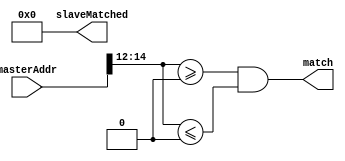
`timescale 1ns / 1ns
///////////////////////////////////////////////////////////////////////////////////////////////////
// Company: MICROSEMI
//
// IP Core: COREAXI4INTERCONNECT
//
//  Description  : The AMBA AXI4 Interconnect core connects one or more AXI memory-mapped master devices to one or
//                 more memory-mapped slave devices. The AMBA AXI protocol supports high-performance, high-frequency
//                 system designs.
//
//     Abstract  : This file decodes which slave device the master is addressing. The match is
//                 combinationally output. It matches if the master address input matches the 
//                 address range for the slave.
//
//  COPYRIGHT 2017 BY MICROSEMI 
//  THE INFORMATION CONTAINED IN THIS DOCUMENT IS SUBJECT TO LICENSING RESTRICTIONS 
//  FROM MICROSEMI CORP.  IF YOU ARE NOT IN POSSESSION OF WRITTEN AUTHORIZATION FROM 
//  MICROSEMI FOR USE OF THIS FILE, THEN THE FILE SHOULD BE IMMEDIATELY DESTROYED AND 
//  NO BACK-UP OF THE FILE SHOULD BE MADE. 
//
//
/////////////////////////////////////////////////////////////////////////////////////////////////// 

module caxi4interconnect_MasterAddressDecoder (
								masterAddr,
								match,					
								slaveMatched
							 );


//===================================================
// Parameter Declarations
//===================================================

	parameter NUM_SLAVES_WIDTH 	= 4;				// defines number bits for encoding slave number
	parameter NUM_SLAVES 		= 4;				// defines number of slaves	- includes derrSlave
	parameter SLAVE_NUM	 		= 0;				// defines slave that this decoder is for
	parameter ADDR_WIDTH 		= 32;				// number of address buts to be decoded
	
	parameter UPPER_COMPARE_BIT = 15;				// Defines the upper bit of range to compare
	parameter LOWER_COMPARE_BIT = 12;				// Defines lower bound of compare - bits below are 
													// dont care
													
	parameter [ADDR_WIDTH-1:UPPER_COMPARE_BIT]			SLOT_BASE_ADDR = 0;		// Base address of Slot
	parameter [UPPER_COMPARE_BIT-1:LOWER_COMPARE_BIT]   SLOT_MIN_ADDR = 0;		// slot min address
	parameter [UPPER_COMPARE_BIT-1:LOWER_COMPARE_BIT]   SLOT_MAX_ADDR = 0;		// slot max address
	parameter [NUM_SLAVES-1:0]							CONNECTIVITY = {NUM_SLAVES{1'b1}};	// onnectivity map - ie which slaves this master can access
	
//==========================================================================
// I/O Declarations
//============================================================================

	input 	[ADDR_WIDTH-1:0]		masterAddr;		// address to be decoded

	output							match;			// Indictaes this slave matched address
	output 	[NUM_SLAVES_WIDTH-1:0] 	slaveMatched;	// encoded number of slave
	
	
//============================================================================
// Local Declarationes
//============================================================================


	reg								match;			// Indictaes this slave matched address
	wire 	[NUM_SLAVES_WIDTH-1:0] 	slaveMatched;	// encoded number of slave
	
 
 
//==============================================================================
// Simple decode matching
//==============================================================================

assign slaveMatched = SLAVE_NUM;		// simply return number of slave instance
/*

//SAR 94407 Change Start

always @( * )
begin
	match <= 		( masterAddr[ADDR_WIDTH-1:UPPER_COMPARE_BIT] == SLOT_BASE_ADDR			 )		// base address matches
				&	( masterAddr[UPPER_COMPARE_BIT-1:LOWER_COMPARE_BIT] >= SLOT_MIN_ADDR	 )
				&	( masterAddr[UPPER_COMPARE_BIT-1:LOWER_COMPARE_BIT] <= SLOT_MAX_ADDR	 )
				&	CONNECTIVITY[SLAVE_NUM];														// only match if master can access this slave

end

*/

always @( * )
begin
	match <=    	( masterAddr[UPPER_COMPARE_BIT-1:LOWER_COMPARE_BIT] >= SLOT_MIN_ADDR	 )
				&	( masterAddr[UPPER_COMPARE_BIT-1:LOWER_COMPARE_BIT] <= SLOT_MAX_ADDR	 )
				&	CONNECTIVITY[SLAVE_NUM];														// only match if master can access this slave

end

//SAR 94407 Change End


endmodule // caxi4interconnect_MasterAddressDecoder.v